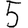
Digit: 5